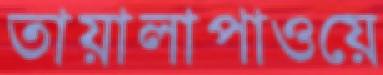
তায়ালাপাওয়ে